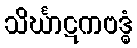
သိင်္ဃာဋကဗဒ္ဓံ